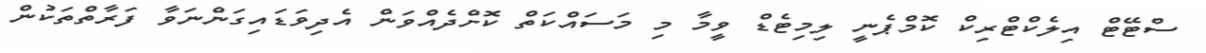
ސްޓޭޓް އިލެކްޓްރިކް ކޮމްޕެނީ ލިމިޓެޑް ވީމާ މި މަސައްކަތް ކޮށްދެއްވަން އެދިވަޑައިގަންނަވާ ފަރާތްތަކުން